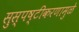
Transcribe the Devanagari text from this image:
सुस्पष्टीकरणामुळे